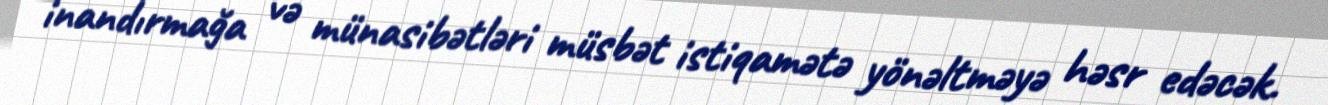
inandırmağa və münasibətləri müsbət istiqamətə yönəltməyə həsr edəcək.